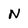
Character: N